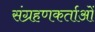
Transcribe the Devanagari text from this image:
संग्रहणकर्ताओं